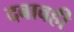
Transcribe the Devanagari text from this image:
दबावही